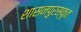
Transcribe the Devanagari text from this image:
शासनपुरस्कृत